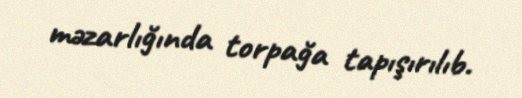
məzarlığında torpağa tapışırılıb.